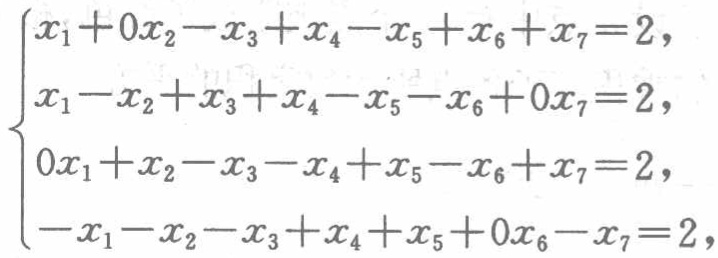
\[

\begin{cases}

x_{1}+0x_{2}-x_{3}+x_{4}-x_{5}+x_{6}+x_{7}=2,\\

x_{1}-x_{2}+x_{3}+x_{4}-x_{5}-x_{6}+0x_{7}=2,\\

0x_{1}+x_{2}-x_{3}-x_{4}+x_{5}-x_{6}+x_{7}=2,\\

-x_{1}-x_{2}-x_{3}+x_{4}+x_{5}+0x_{6}-x_{7}=2,

\end{cases}

\]